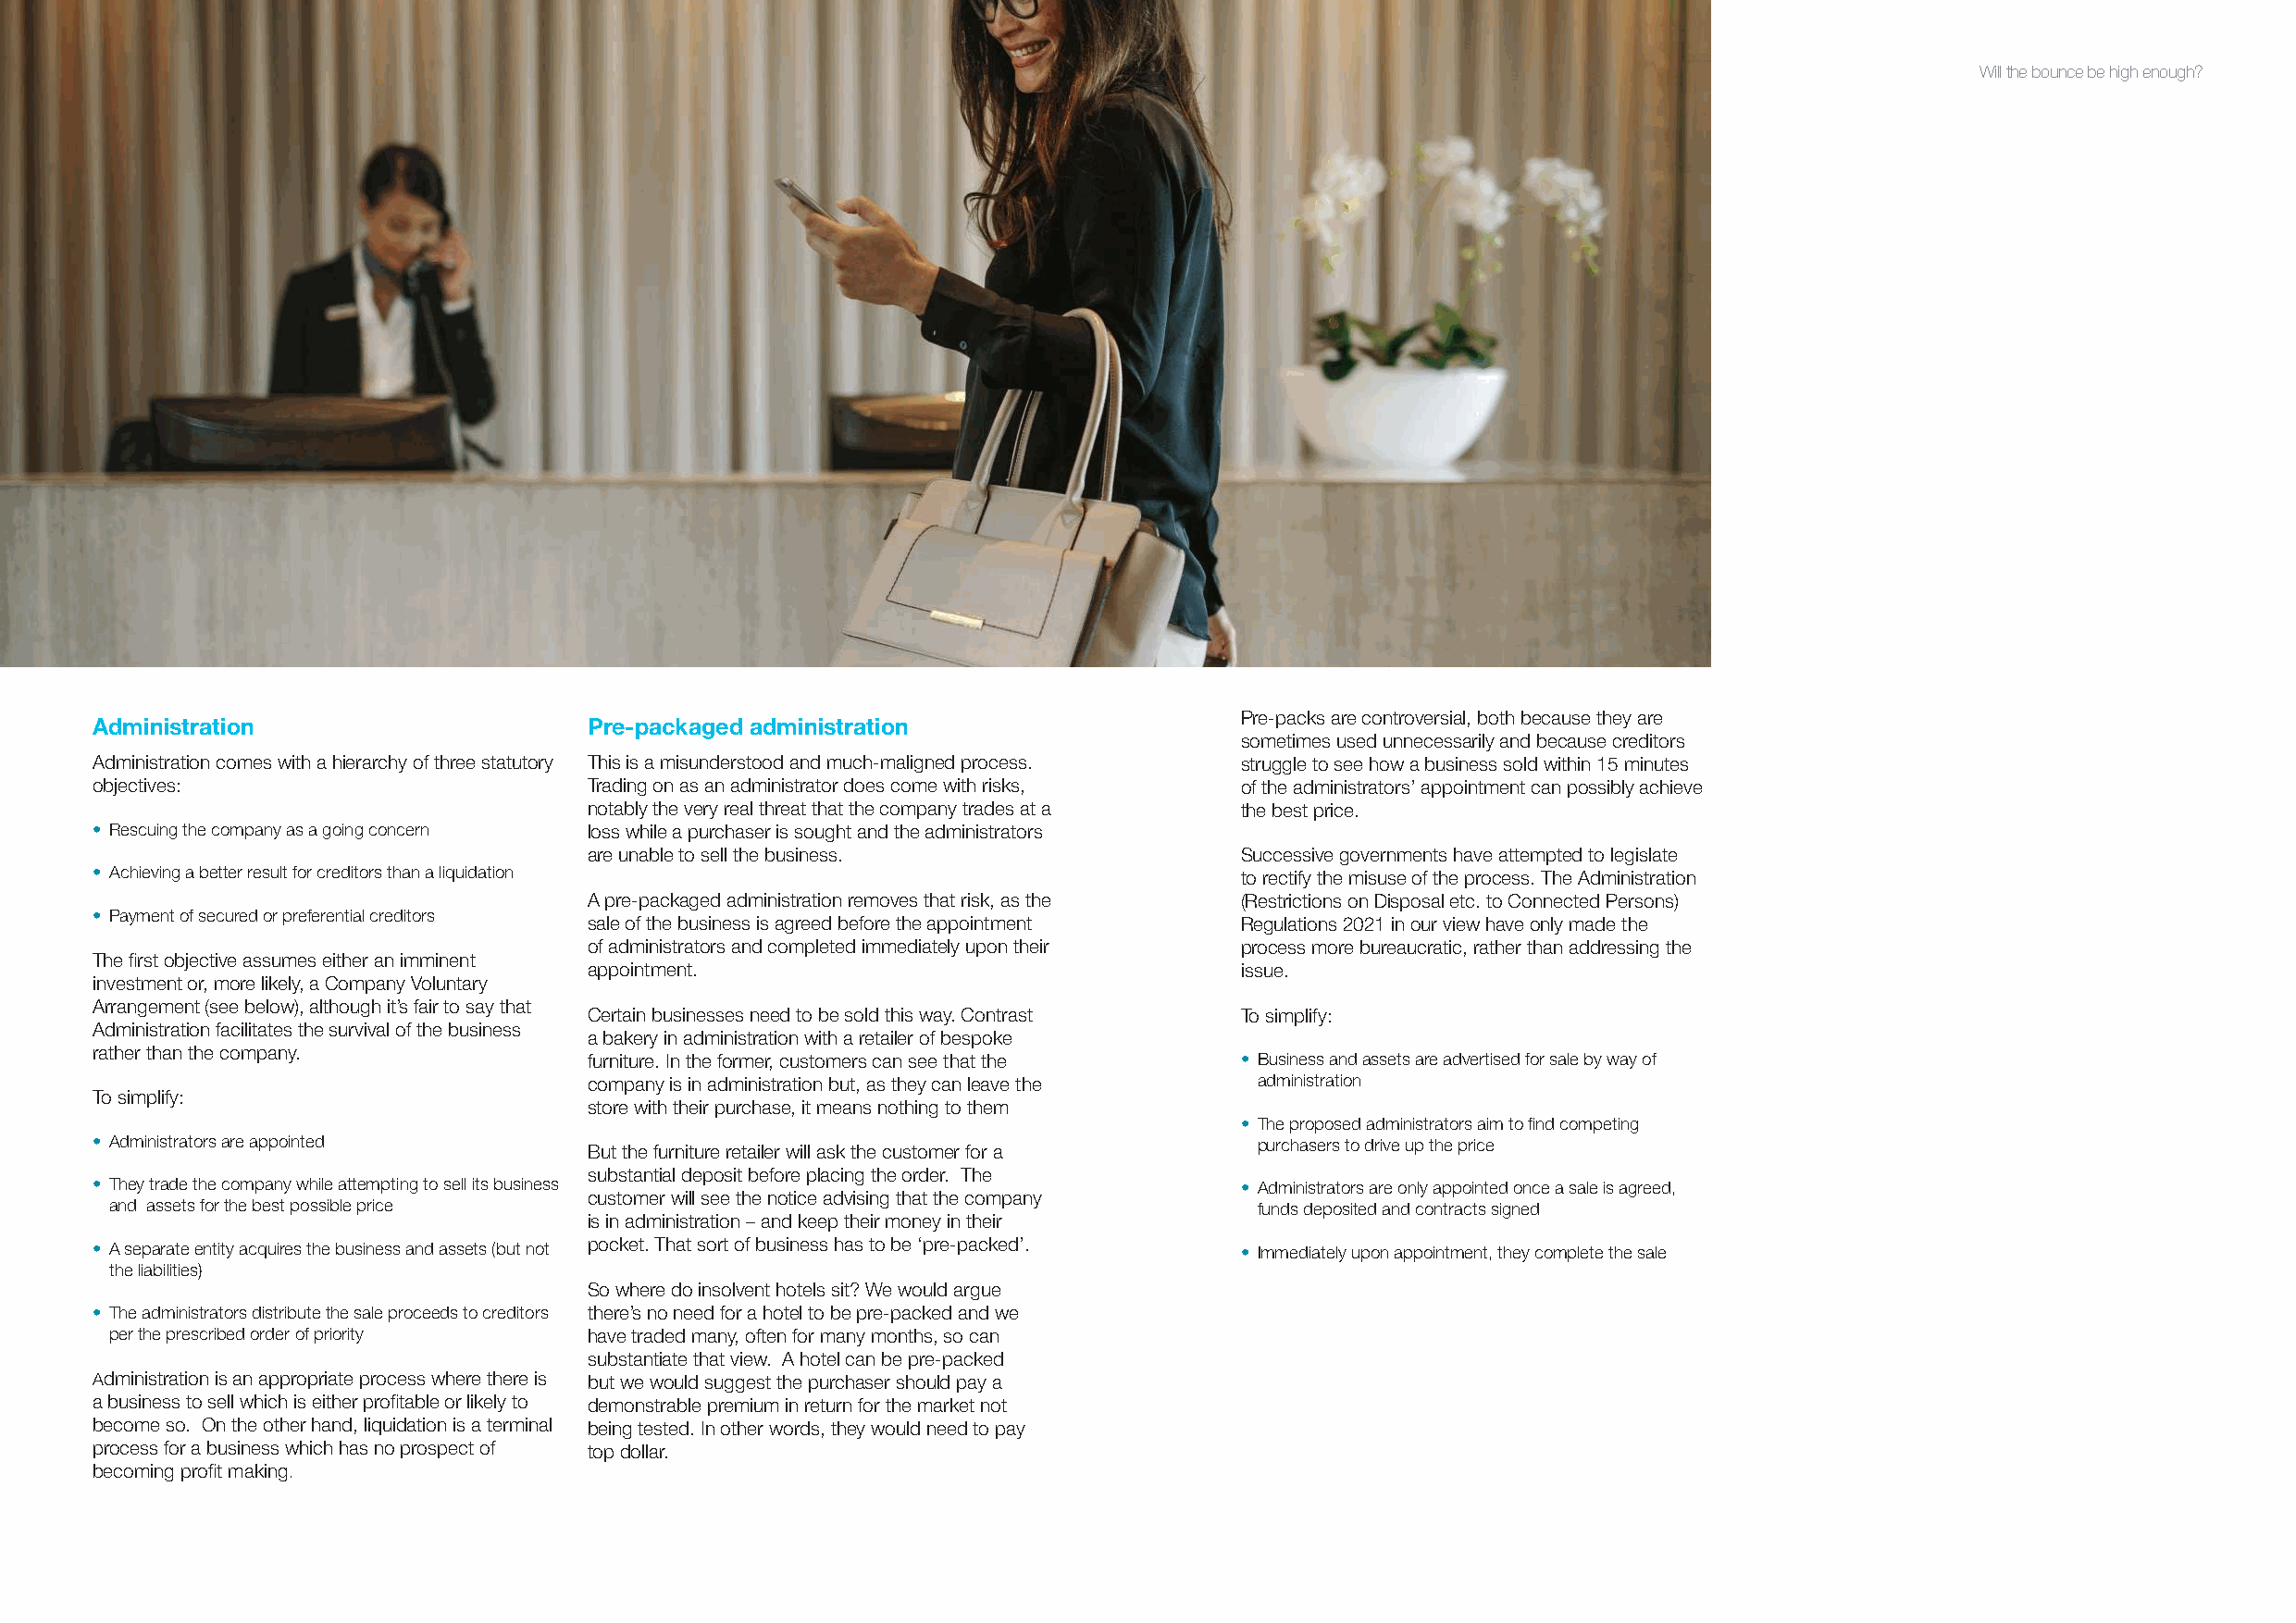
Will the bounce be high enough?
 Pre-packs are controversial, both because they are
 Administration                     Pre-packaged administration
 sometimes used unnecessarily and because creditors
 Administration comes with a hierarchy of three statutory This is a misunderstood and much-maligned process. struggle to see how a business sold within 15 minutes
 objectives:                        Trading on as an administrator does come with risks, of the administrators’ appointment can possibly achieve
 notably the very real threat that the company trades at a the best price.
 • Rescuing the company as a going concern loss while a purchaser is sought and the administrators
 are unable to sell the business.               Successive governments have attempted to legislate
 • Achieving a better result for creditors than a liquidation                      to rectify the misuse of the process. The Administration
 A pre-packaged administration removes that risk, as the (Restrictions on Disposal etc. to Connected Persons)
 • Payment of secured or preferential creditors
 sale of the business is agreed before the appointment Regulations 2021 in our view have only made the
 of administrators and completed immediately upon their process more bureaucratic, rather than addressing the
 The first objective assumes either an imminent
 appointment.                                   issue.
 investment or, more likely, a Company Voluntary
 Arrangement (see below), although it’s fair to say that
 Certain businesses need to be sold this way. Contrast To simplify:
 Administration facilitates the survival of the business
 a bakery in administration with a retailer of bespoke
 rather than the company.
 furniture. In the former, customers can see that the • Business and assets are advertised for sale by way of
 company is in administration but, as they can leave the administration
 To simplify:
 store with their purchase, it means nothing to them
 • The proposed administrators aim to find competing
 • Administrators are appointed                                                     purchasers to drive up the price
 But the furniture retailer will ask the customer for a
 substantial deposit before placing the order. The
 • They trade the company while attempting to sell its business                    • Administrators are only appointed once a sale is agreed,
 customer will see the notice advising that the company
 and assets for the best possible price                                            funds deposited and contracts signed
 is in administration – and keep their money in their
 • A separate entity acquires the business and assets (but not pocket. That sort of business has to be ‘pre-packed’. • Immediately upon appointment, they complete the sale
 the liabilities)
 So where do insolvent hotels sit? We would argue
 • The administrators distribute the sale proceeds to creditors there’s no need for a hotel to be pre-packed and we
 per the prescribed order of priority have traded many, often for many months, so can
 substantiate that view. A hotel can be pre-packed
 Administration is an appropriate process where there is but we would suggest the purchaser should pay a
 a business to sell which is either profitable or likely to demonstrable premium in return for the market not
 become so. On the other hand, liquidation is a terminal being tested. In other words, they would need to pay
 process for a business which has no prospect of top dollar.
 becoming profit making.